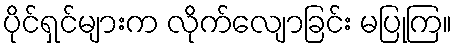
ပိုင်ရှင်များက လိုက်လျောခြင်း မပြုကြ။